On the morphology, teratology, and diclinism of the flowers of cannabis - Number 12
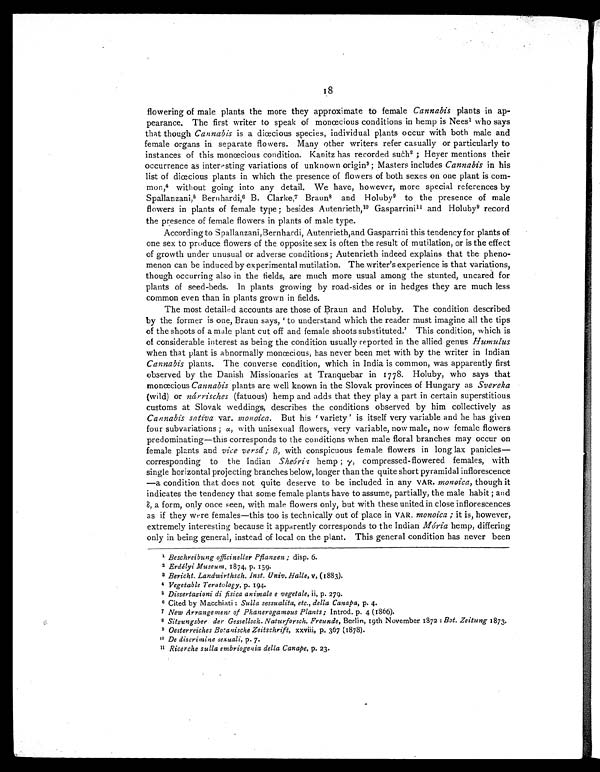
18
flowering of male plants the more they approximate to female Cannabis plants in ap-
pearance. The first writer to speak of monœcious conditions in hemp is Nees 1who says
that though Cannabis is a diœcious species, individual plants occur with both male and
female organs in separate flowers. Many other writers refer casually or particularly to
instances of this monœcious condition. Kanitz has recorded such 2 ; Heyer mentions their
occurrence as interesting variations of unknown origin3; Masters includes Cannabis in his
list of diœcious plants in which the presence of flowers of both sexes on one plant is com-
mon,4 without going into any detail. We have, however, more special references by
Spallanzani, 5 Bernhardi,6 B. Clarke,7 Braun8 and Holuby 9 to the presence of male
flowers in plants of female type; besides Autenrieth, 10 Gasparrini11 and Holuby 9 record
the presence of female flowers in plants of male type.
According to Spallanzani,Bernhardi, Autenrieth,and Gasparrini this tendency for plants of
one sex to produce flowers of the opposite sex is often the result of mutilation, or is the effect
of growth under unusual or adverse conditions; Autenrieth indeed explains that the pheno-
menon can be induced by experimental mutilation. The writer's experience is that variations,
though occurring also in the fields, are much more usual among the stunted, uncared for
plants of seed-beds. In plants growing by road-sides or in hedges they are much less
common even than in plants grown in fields.
The most detailed accounts are those of Braun and Holuby. The condition described
by the former is one, Braun says, ' to understand which the reader must imagine all the tips
of the shoots of a male plant cut off and female shoots substituted.' This condition, which is
of considerable interest as being the condition usually reported in the allied genus Humulus
when that plant is abnormally monœcious, has never been met with by the writer in Indian
Cannabis plants. The converse condition, which in India is common, was apparently first
observed by the Danish Missionaries at Tranquebar in 1778. Holuby, who says that
monœcious Cannabis plants are well known in the Slovak provinces of Hungary as Svereka
(wild) or ná rrisches (fatuous) hemp and adds that they play a part in certain superstitious
customs at Slovak weddings, describes the conditions observed by him collectively as
Cannabis sativa var. monoica. But his 'variety' is itself very variable and he has given
four subvariations; a, with unisexual flowers, very variable, now male, now female flowers
predominating—this corresponds to the conditions when male floral branches may occur on
female plants and vice versâ; ß, with conspicuous female flowers in long lax panicles—
corresponding to the Indian Sheória hemp;γ,
compressed-flowered females, with
single horizontal projecting branches below, longer than the quite short pyramidal inflorescence
—a condition that does not quite deserve to be included in any VAR. monoica, though it
indicates the tendency that some female plants have to assume, partially, the male habit; and
ε, a form, only once seen, with male flowers only, but with these united in close inflorescences
as if they were females—this too is technically out of place in VAR. monoica; it is, however,
extremely interesting because it apparently corresponds to the Indian Mória hemp, differing
only in being general, instead of local on the plant. This general condition has never been
1 Beschreibung officineller Pflanzen; disp. 6.
2 Erdélyi Museum, 1874, p. 159.
3 Bericht. Landwirthsch. Inst. Univ. Halle, V, (1883).
4 Vegetable Teratology, p. 194.
5 Dissertazioni di fisica animale e vegetale, ii, p. 279.
6 Cited by Macchiati: Sulla sessualita, etc., della Canapa, p. 4.
7 New Arrangement of Phanerogamous Plants; Introd. p. 4 (1866).
8 Sitzungsber der Gessellsch. Naturforsch. Freunde, Berlin, 19th November 1872 : Bot. Zeitung 1873.
9 Oesterreiches Botanische Zeitschrift, xxviii, p. 367 (1878).
10 De discrimine sexuali, p. 7.
11 Ricerche sulla embriogenia della Canape, p. 23.